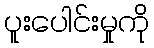
ပူးပေါင်းမှုကို